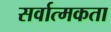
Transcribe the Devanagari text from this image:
सर्वात्मकता